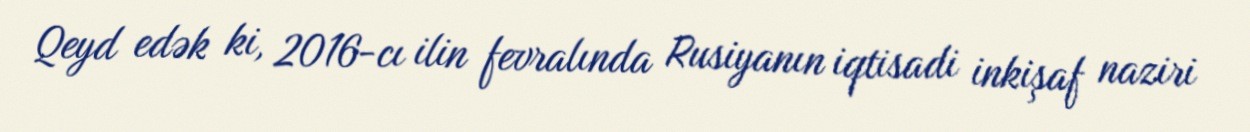
Qeyd edək ki, 2016-cı ilin fevralında Rusiyanın iqtisadi inkişaf naziri